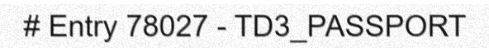
# Entry 78027 - TD3_PASSPORT